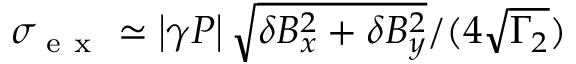
\sigma _ { \mathrm { ~ e ~ x ~ } } \simeq \left| \gamma P \right| \sqrt { \delta B _ { x } ^ { 2 } + \delta B _ { y } ^ { 2 } } / ( 4 \sqrt { \Gamma _ { 2 } } )